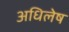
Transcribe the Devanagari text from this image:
अधिलेष